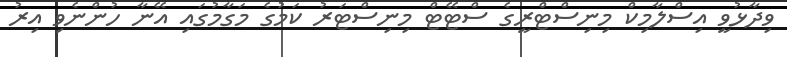
ވިދާޅުވީ އިސްލާމިކް މިނިސްޓްރީގެ ސްޓޭޓް މިނިސްޓަރު ކަމުގެ މަގާމުގައި އޭނާ ހުންނެވި އިރު